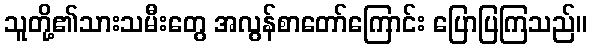
သူတို့၏သားသမီးတွေ အလွန်စာတော်ကြောင်း ပြောပြကြသည်။